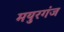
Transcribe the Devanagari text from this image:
मयुरगंज